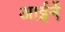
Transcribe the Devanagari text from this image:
आईनें